Indian journal of veterinary science and animal husbandry - Volumes 18-21, 1948-1951
Year: 1948
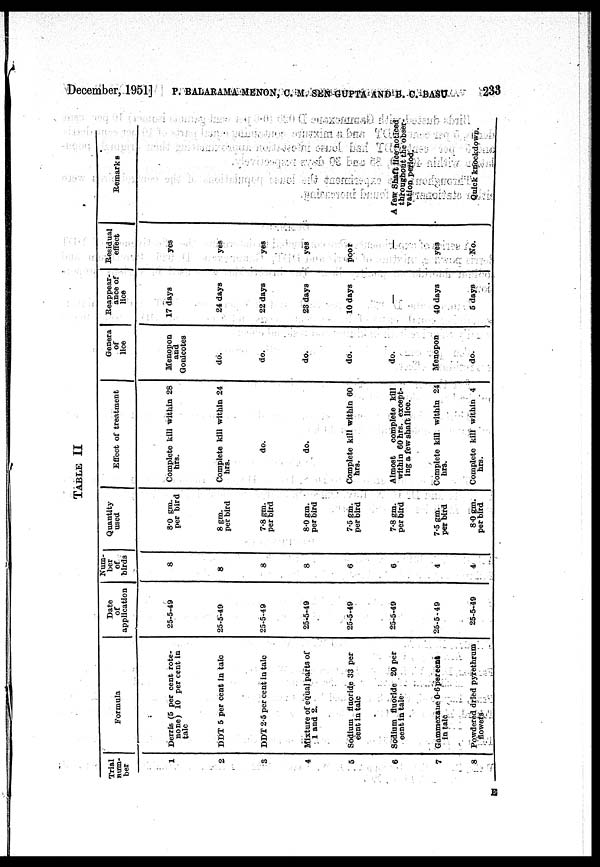
December, 1951] P. BALARAMA MENON, C. M. SEN GUPTA AND B. C. BASU 233
TABLE II
Trial
num-
ber
1
2
3
4
5
6
7
8
Formula
Derris (5 per cent rote-
none) 10 per cent in
talc
DDT 5 per cent in talc
DDT 2.5 per cent in talc
Mixture of equal parts of
1 and 2.
Sodium fluoride S3 per
cent in talc
Sodium fluoride 20 per
cent in tale
Gammexane 0.6percent
in talc
Powdered dried pyrethrum
flowers
Date
of
application
25-5-49
25-5-49
25-5-49
25-5-49
25-5-49
25-5-49
25-5-49
25-5-49
Num-
ber
of
birds
8
8
8
8
6
6
4
4
Quantity
used
8.0 gm.
per bird
8 gm.
per bird
7.8 gm.
per bird
8.0 gm.
per bird
7.5 gm.
per bird
7.8 gm.
per bird
7.5 gm.
per bird
80 gm.
per bird
Effect of treatment
Complete kill within 28
hrs.
Complete kill within 24
hrs.
do.
do.
Complete kill within 60
hrs.
Almost
complete kill
within 60 hrs. except-
ing a few shaft lice.
Complete kill within 24
hrs.
Complete kill within 4
hrs.
Genera
of
lice
Menopon
and
Gonicotes
do.
do.
do.
do.
do.
Menopon
do.
Reappear-
ance of
lice
17 days
24 days
22 days
28 days
10 days
—
40 days
5 days
Residual
effect
yes
yes
yes
yes
poor
—
yes
No.
Remarks
A few Shaft lice noticed
throughout the obser-
vation period.
Quick knockdown.
E